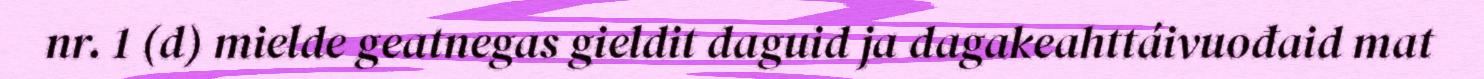
nr. 1 (d) mielde geatnegas gieldit daguid ja dagakeahttáivuođaid mat